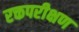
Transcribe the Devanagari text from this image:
रक्तपरीक्षण